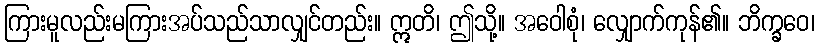
ကြားမူလည်းမကြားအပ်သည်သာလျှင်တည်း။ ဣတိ၊ ဤသို့။ အဝေါစုံ၊ လျှောက်ကုန်၏။ ဘိက္ခဝေ၊